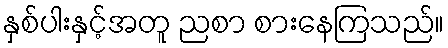
နှစ်ပါးနှင့်အတူ ညစာ စားနေကြသည်။